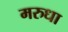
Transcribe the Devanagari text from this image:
मरुधा